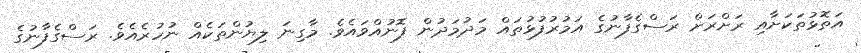
އަތޮޅުތަކަށާއި ރަށްރަށް ރަސްގެފާނުގެ އަމުރުފުޅުތައް މަދުމަދުން ފޮނުއްވައެވެ. މާގިނަ ލިޔުންތަކެއް ނުހުރެއެވެ. ރަސްގެފާނުގެ